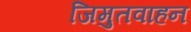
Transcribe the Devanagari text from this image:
जिमुतवाहन